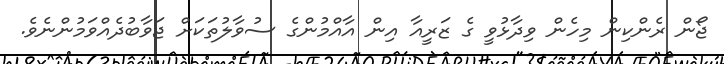
ޖޯން ރެންކިން މިހެން ވިދާޅުވީ ގެ ޒަރީއާ އިން އާއްމުންގެ ސުވާލުތަކަށް ޖަވާބުދެއްވަމުންނެވެ.